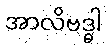
အာလိဗဒ္ဓါ